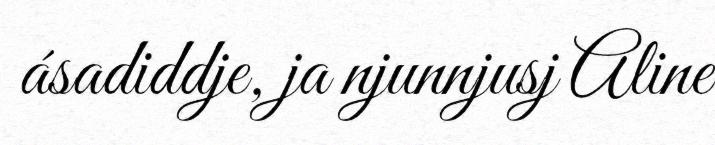
ásadiddje, ja njunnjusj Aline